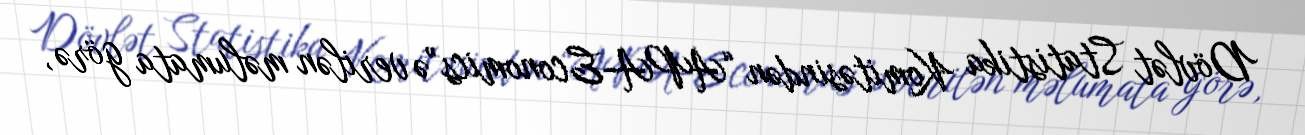
Dövlət Statistika Komitəsindən “APA-Economics”ə verilən məlumata görə,